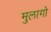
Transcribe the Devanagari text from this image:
मुलागो